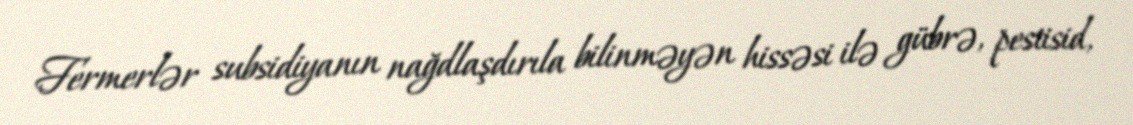
Fermerlər subsidiyanın nağdlaşdırıla bilinməyən hissəsi ilə gübrə, pestisid,